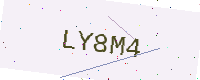
Text: LY8M4